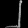
Digit: ၂